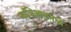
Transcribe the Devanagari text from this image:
माँत्रिआलमध्ये